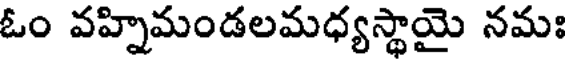
ఓం వహ్నిమండలమధ్యస్థాయై నమః